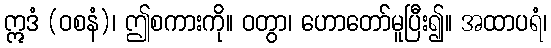
ဣဒံ (ဝစနံ)၊ ဤစကားကို။ ဝတွာ၊ ဟောတော်မူပြီး၍။ အထာပရံ၊